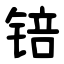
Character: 锫